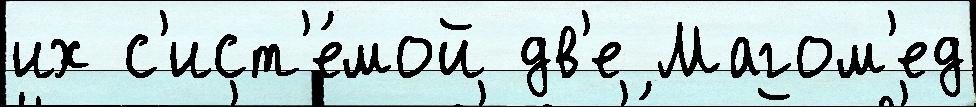
их с'ист'е́мой дв'е Магом'ед